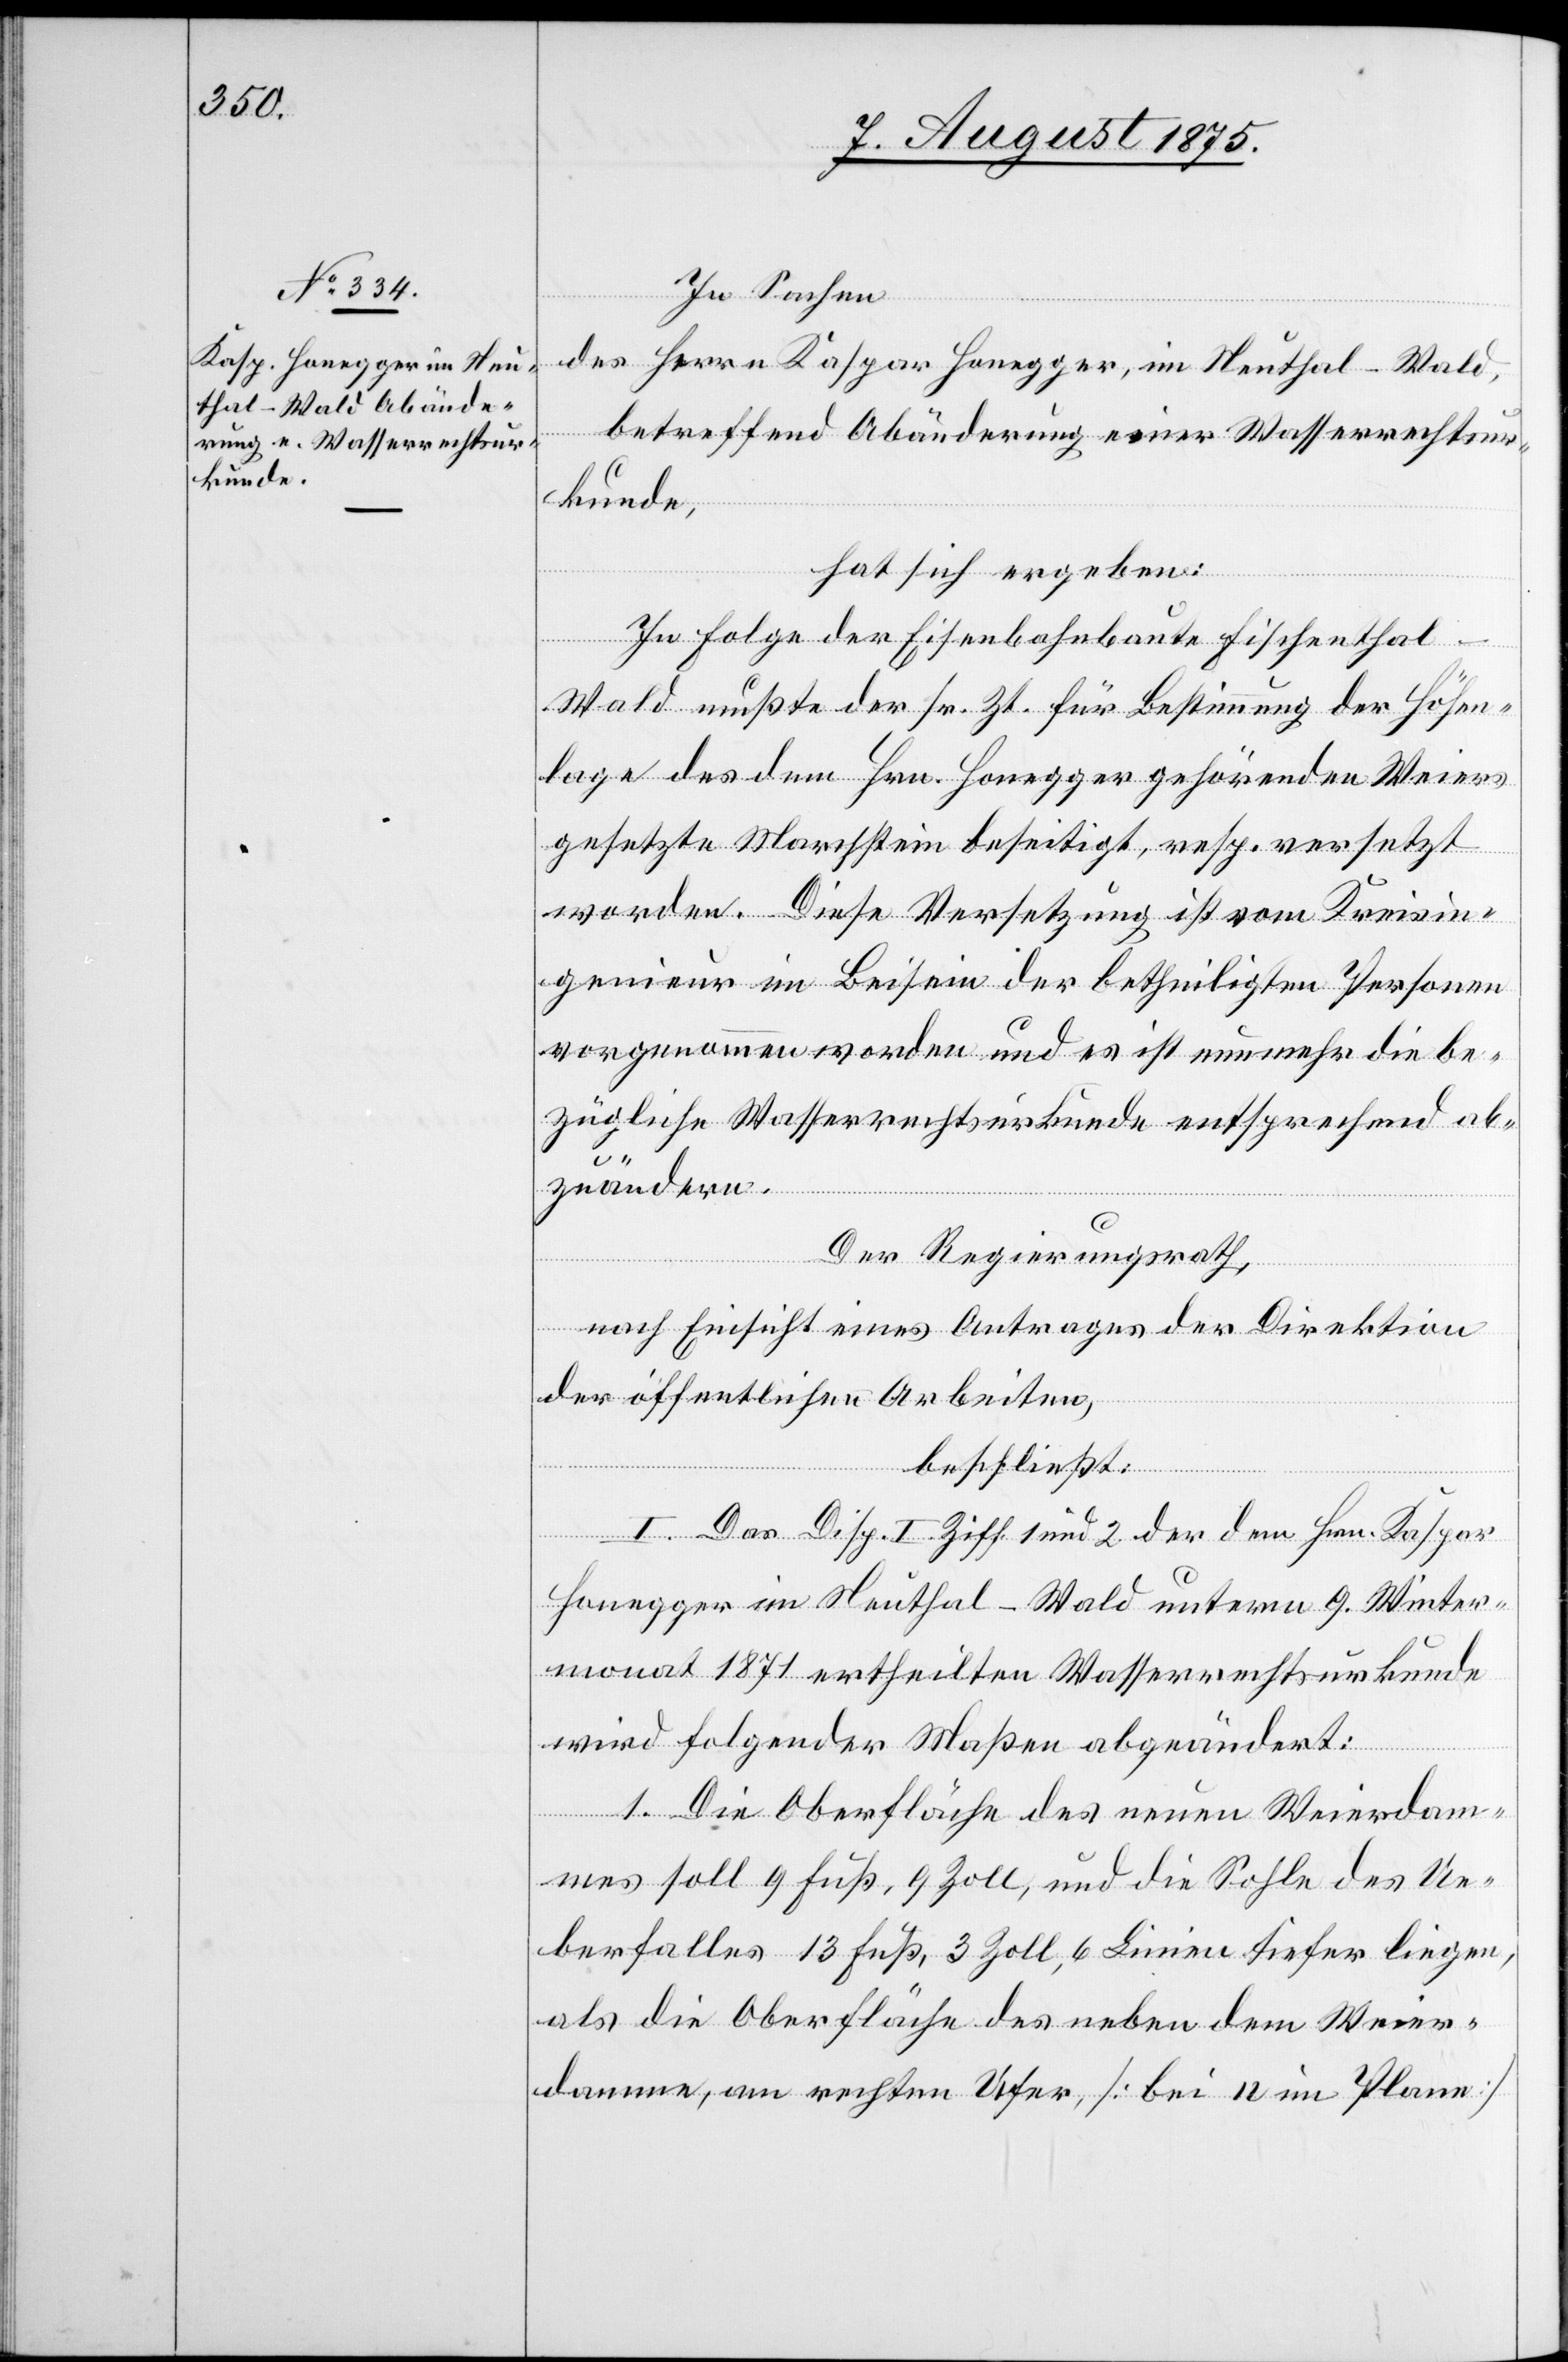
In Sachen
des Herrn Kaspar Honegger, im Neuthal - Wald,
betreffend Abänderung einer Wasserrechtsu¬
rkunde,
hat sich ergeben:
In Folge der Eisenbahnbaute Fischenthal–W¬
ald mußte der sr. Zeit für Bestimmung der Höhen¬
lage des dem Hrn. Honegger gehörenden Weiers
gesetzte Marchstein beseitigt, resp. versetzt
werden. Diese Versetzung ist vom Kreisin¬
genieur im Beisein der betheiligten Personen
vorgenommen worden und es ist nunmehr die be¬
zügliche Wasserrechtsurkunde entsprechend ab¬
zuändern.
Der Regierungsrath,
nach Einsicht eines Antrages der Direktion
der öffentlichen Arbeiten,
beschließt:
I. Das Disp. I Ziff. 1 und 2 der dem Hrn. Kaspar
Honegger im Neuthal - Wald unterm 9. Winter¬
monat 1871 ertheilten Wasserrechtsurkunde
wird folgenden Maßen abgeändert:
1. Die Oberfläche des neuen Weierdam¬
mes soll 9 Fuß, 9 Zoll, und die Sohle des Ue¬
berfalles 13 Fuß, 3 Zoll, 6 Linien tiefer liegen,
als die Oberfläche des neben dem Weier¬
damme, am rechten Ufer, [bei 12 im Plane]